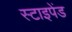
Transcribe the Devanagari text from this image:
स्टाइपेंड